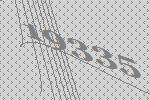
19335